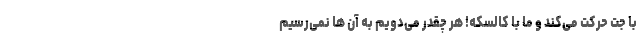
با جت حرکت می‌کند و ما با کالسکه! هر چقدر می‌دویم به آن ها نمی‌رسیم